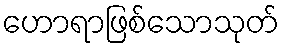
ဟောရာဖြစ်သောသုတ်